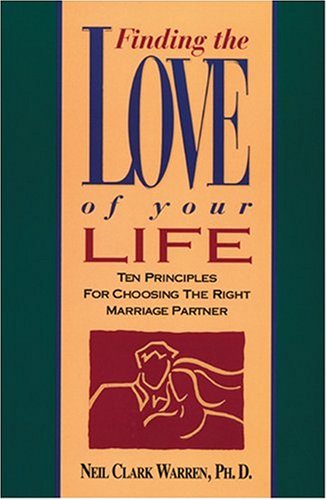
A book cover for Finding the Love Of Your Life; Neil Clark Warren; Self-Help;